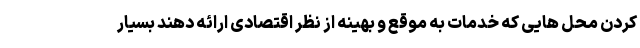
کردن محل هایی که خدمات به موقع و بهینه از نظر اقتصادی ارائه دهند بسیار